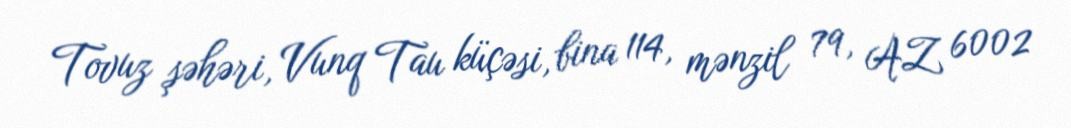
Tovuz şəhəri, Vunq Tau küçəsi, bina 114, mənzil 79, AZ 6002